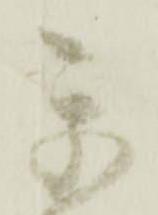
我